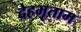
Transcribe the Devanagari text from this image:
देहभृताम